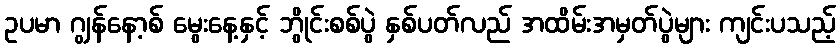
ဥပမာ ဂျွန်နော့စ် မွေးနေ့နှင့် ဘွိုင်းစစ်ပွဲ နှစ်ပတ်လည် အထိမ်းအမှတ်ပွဲများ ကျင်းပသည့်